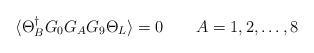
LaTeX: \begin{align*}\langle \Theta^\dagger_B G_0 G_A G_9 \Theta_L\rangle =0\qquad A= 1,2,\dots ,8\end{align*}